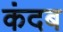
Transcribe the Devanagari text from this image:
कंदब